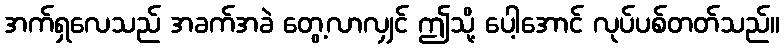
အက်ရှလေသည် အခက်အခဲ တွေ့လာလျှင် ဤသို့ ပေါ့အောင် လုပ်ပစ်တတ်သည်။